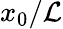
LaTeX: x_{0}/{\cal L}